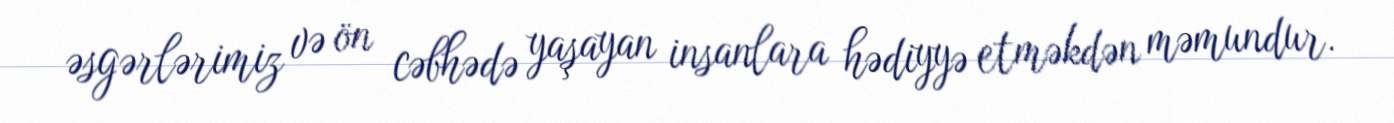
əsgərlərimiz və ön cəbhədə yaşayan insanlara hədiyyə etməkdən məmundur.